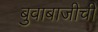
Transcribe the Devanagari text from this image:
बुवाबाजीची